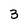
Character: 3